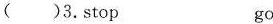
( )3. stop go